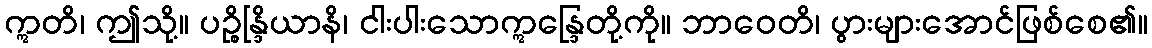
ဣတိ၊ ဤသို့။ ပဉ္စိန္ဒြိယာနိ၊ ငါးပါးသောဣန္ဒြေတို့ကို။ ဘာဝေတိ၊ ပွားများအောင်ဖြစ်စေ၏။